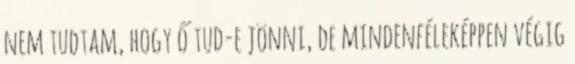
nem tudtam, hogy ő tud-e jönni, de mindenféleképpen végig